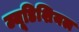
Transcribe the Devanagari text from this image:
ज्यूडिशियल